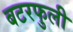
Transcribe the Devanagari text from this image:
बटरफुली